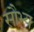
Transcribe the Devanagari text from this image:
सौभ्य